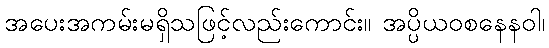
အပေးအကမ်းမရှိသဖြင့်လည်းကောင်း။ အပ္ပိယဝစနေနဝါ၊